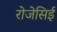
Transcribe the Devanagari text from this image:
रोजेसिई